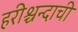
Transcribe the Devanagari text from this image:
हरीश्चन्दाची